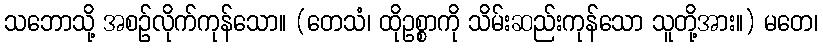
သဘောသို့ အစဉ်လိုက်ကုန်သော။ (တေသံ၊ ထိုဥစ္စာကို သိမ်းဆည်းကုန်သော သူတို့အား။) မတေ၊